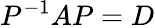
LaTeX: P^{-1}AP=D